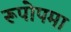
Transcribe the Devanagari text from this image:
रूपोपमा